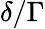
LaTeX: \delta/\Gamma